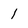
Character: 1